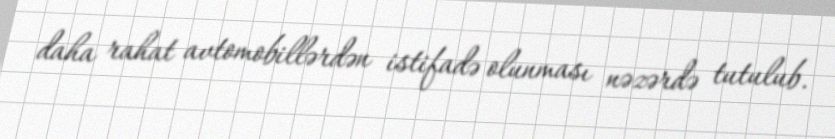
daha rahat avtomobillərdən istifadə olunması nəzərdə tutulub.